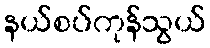
နယ်စပ်ကုန်သွယ်